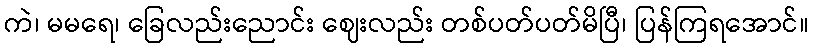
ကဲ၊ မမရေ၊ ခြေလည်းညောင်း ဈေးလည်း တစ်ပတ်ပတ်မိပြီ၊ ပြန်ကြရအောင်။